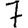
Digit: 7